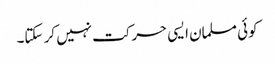
کوئی مسلمان ایسی حرکت نہیں کر سکتا۔